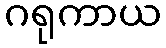
ဂရုကာယ